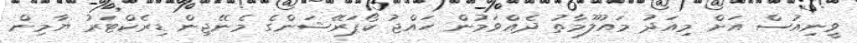
ވީނިއުސް އަށް މިއަދު މައުލޫމާތު ދެއްވަމުން ހައްޖު ކޯޕަރޭޝަންގެ މެނޭޖިން ޑިރެކްޓަރު ޔާމިން